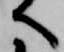
へ